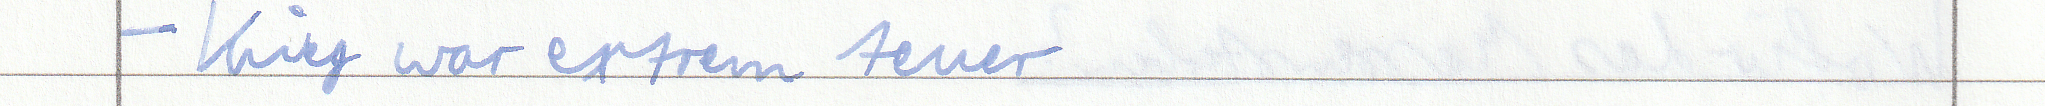
- Krieg war extrem teuer